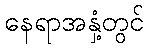
နေရာအနှံ့တွင်